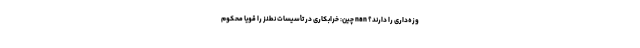
وزه‌داری را دارند؟ nan چین: خرابکاری در تأسیسات نطنز را قویاً محکوم